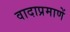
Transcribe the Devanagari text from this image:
वादाप्रमाणें